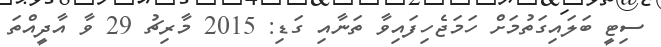
ސިޓީ ބަލައިގަތުމަށް ހަމަޖެހިފައިވާ ތަނާއި ގަޑި: 2015 މާރިޗު 29 ވާ އާދީއްތަ